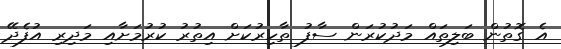
އެ ގޮތުން ބަލިތައް މަދުކުރަން ސާފު ތާހިރުކަށް އިތުރު ކުރުމަށާއި މަދިރި އުފެދޭ